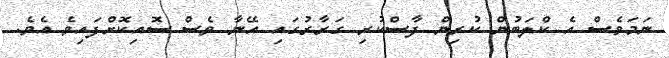
ނަމަވެސް އެ ކްލަބުން ކުރިން ފާސްކުރި ގަރާރުގައި އޭނާ ވެސް ސޮއިކޮށްފައިވެ އެވެ.